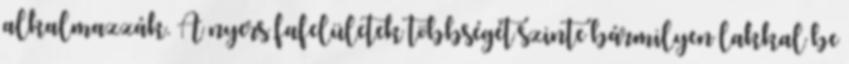
alkalmazzák. A nyers fafelületek többségét szinte bármilyen lakkal be